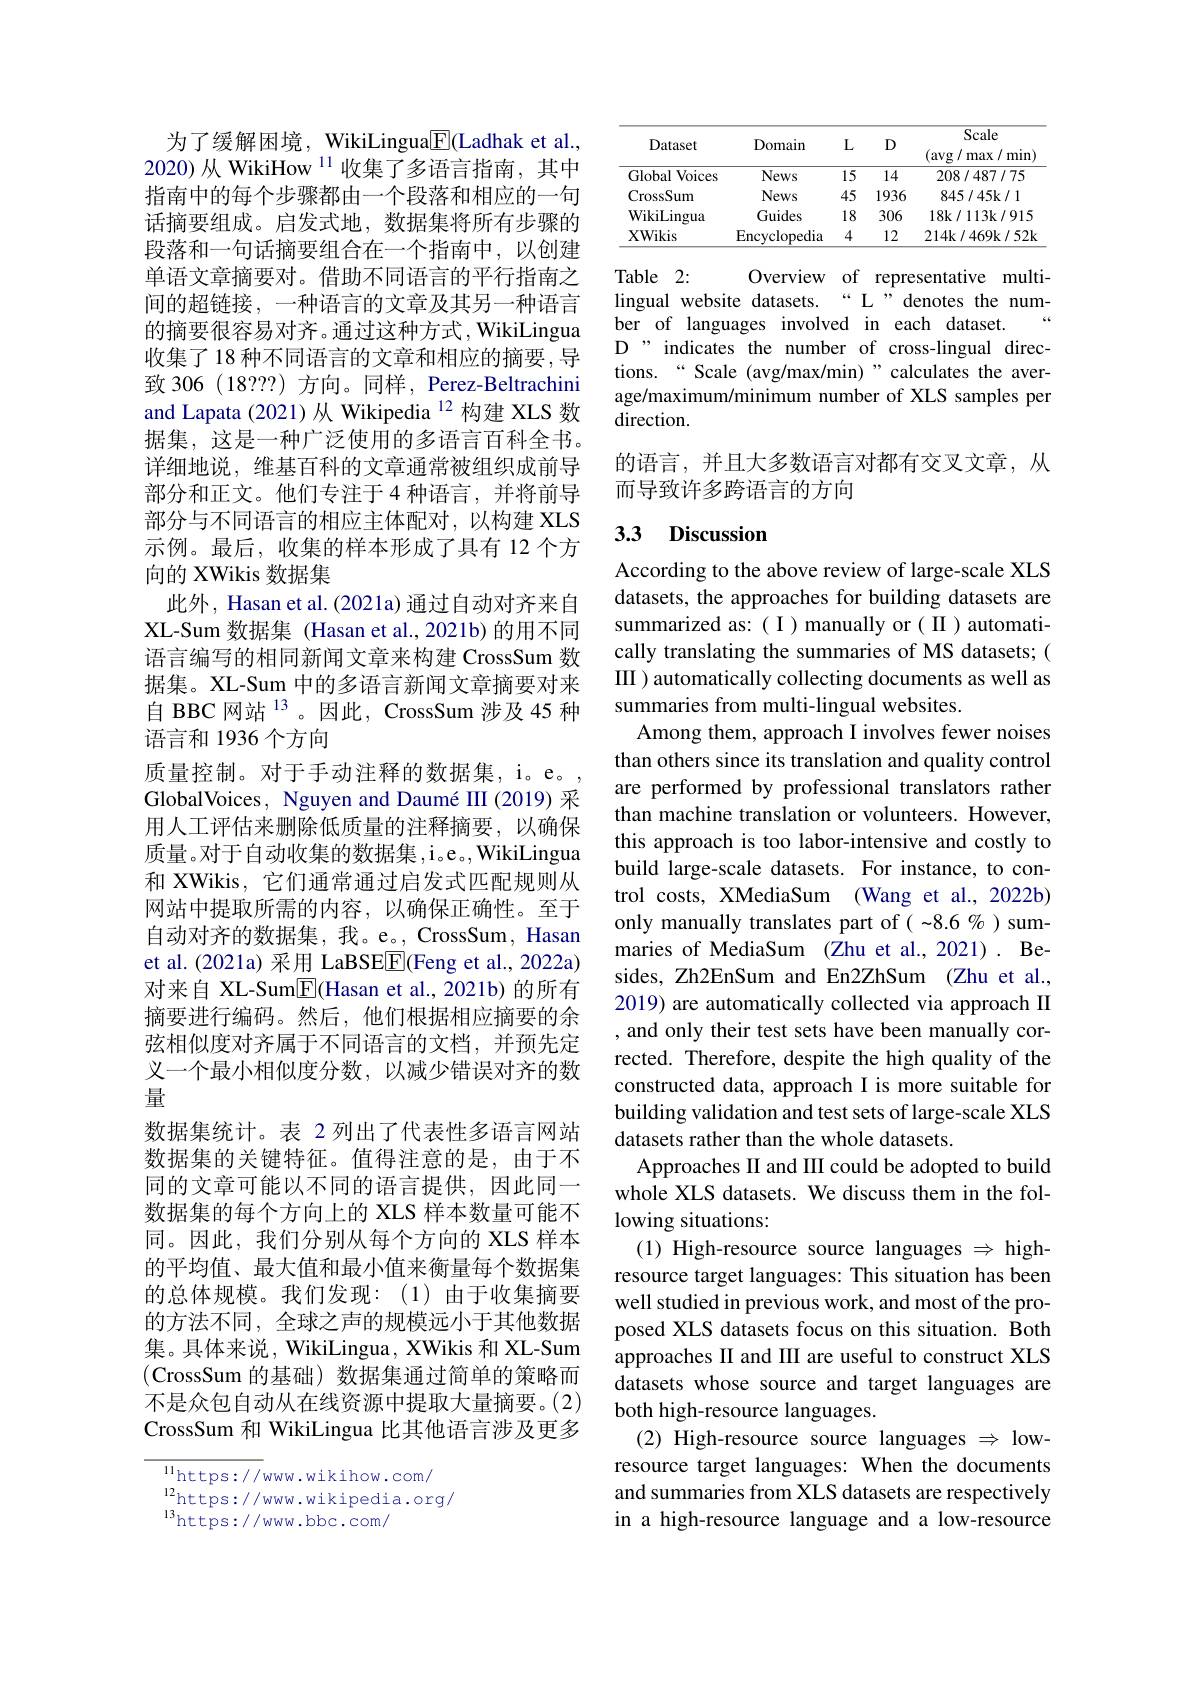
为了缓解困境，WikiLingua$\boxed{\mathrm{F}}($Ladhak et al., 2020)从 WikiHow $^{11}$收集了多语言指南，其中指南中的每个步骤都由一个段落和相应的一句话摘要组成。启发式地，数据集将所有步骤的段落和一句话摘要组合在一个指南中，以创建单语文章摘要对。借助不同语言的平行指南之间的超链接，一种语言的文章及其另一种语言的摘要很容易对齐。通过这种方式，WikiLingua 收集了 18 种不同语言的文章和相应的摘要，导致 306 (18???) 方向。同样，Perez-Beltrachini and Lapata (2021)从 Wikipedia $^{12}$构建 XLS 数据集，这是一种广泛使用的多语言百科全书。详细地说，维基百科的文章通常被组织成前导部分和正文。他们专注于 4 种语言，并将前导部分与不同语言的相应主体配对，以构建 XLS 示例。最后，收集的样本形成了具有 12 个方向的 XWikis 数据集
此外，Hasan et al. (2021a) 通过自动对齐来自XL-Sum 数据集 (Hasan et al.,2021b) 的用不同语言编写的相同新闻文章来构建 CrossSum 数据集。XL-Sum 中的多语言新闻文章摘要对来自 BBC 网站$^{13}$。因此，CrossSum 涉及 45 种语言和 1936 个方向
质量控制。对于手动注释的数据集，i。e。GlobalVoices, Nguyen and Daumé III (2019) 采用人工评估来删除低质量的注释摘要，以确保质量。对于自动收集的数据集，i$. e. $,WikiLingua 和 XWikis, 它们通常通过启发式匹配规则从网站中提取所需的内容，以确保正确性。至于自动对齐的数据集，我。e。, CrossSum, Hasan et al.(2021a) 采用 LaBSEE(Feng et al., 2022a) 对来自 XL-Sum$\underline{\mathrm{E}}($Hasan et al., 2021b) 的所有摘要进行编码。然后，他们根据相应摘要的余弦相似度对齐属于不同语言的文档，并预先定义一个最小相似度分数，以减少错误对齐的数量
数据集统计。表 2 列出了代表性多语言网站数据集的关键特征。值得注意的是，由于不同的文章可能以不同的语言提供，因此同一数据集的每个方向上的 XLS 样本数量可能不同。因此，我们分别从每个方向的 XLS 样本的平均值、最大值和最小值来衡量每个数据集的总体规模。我们发现：(1)由于收集摘要的方法不同，全球之声的规模远小于其他数据集。具体来说，WikiLingua, XWikis 和 XL-Sum (CrossSum 的基础)数据集通过简单的策略而不是众包自动从在线资源中提取大量摘要。(2) CrossSum 和 WikiLingua 比其他语言涉及更多$^{11}$https: / / www. wikihow. com/

l2https: / / ww. wikipedia. org/
$^{13}$https://www.bbc.com/

<table>
	<tbody>
		<tr>
			<th rowspan="4">Dataset</th>
			<th rowspan="4">Domain</th>
			<th>$L$</th>
			<th>D</th>
			<th>Scale $(\arg/\max/\min$</th>
		</tr>
		<tr>
			<th>$L$</th>
			<th>D</th>
			<th>Scale $(\arg/\max/\min$</th>
		</tr>
		<tr>
			<th>I</th>
			<th> </th>
			<th>Scale</th>
		</tr>
		<tr>
			<th>L</th>
			<th>$LU$</th>
			<th>(avg/ r max $\zeta I$ min</th>
		</tr>
		<tr>
			<td>Global Voices</td>
			<td>News</td>
			<td>15</td>
			<td>14</td>
			<td>208/487/75</td>
		</tr>
		<tr>
			<td>CrossSum</td>
			<td>News</td>
			<td>45</td>
			<td>1936</td>
			<td>845/45k/1</td>
		</tr>
		<tr>
			<td>WikiLingua</td>
			<td>Guides</td>
			<td>18</td>
			<td>306</td>
			<td>18k/113k/915</td>
		</tr>
		<tr>
			<td>$\mathbf{XWikis}$</td>
			<td>Encyclopedia</td>
			<td>4</td>
			<td>12</td>
			<td>214k/469k/52k</td>
		</tr>
	</tbody>
</table>

Table 2:
Overview of representative multi-
lingual website datasets.“L”denotes the num-
ber of languages involved in each dataset
D" indicates the number of cross-lingual directions.“ Scale (avg/max/min)”calculates the average/maximum/minimum number of XLS samples per direction.

的语言，并且大多数语言对都有交叉文章，从
而导致许多跨语言的方向

## 3.3 Discussion

According to the above review of large-scale XLS datasets, the approaches for building datasets are summarized as:( I ) manually or( II ) automatically translating the summaries of MS datasets; ( II ) automatically collecting documents as well as summaries from multi-lingual websites.
Among them, approach I involves fewer noises than others since its translation and quality control are performed by professional translators rather than machine translation or volunteers. However, this approach is too labor-intensive and costly to build large-scale datasets. For instance, to control costs, XMediaSum (Wang et al., 2022b) only manually translates part of ( -8.6 % ) summaries of MediaSum (Zhu et al., 2021) . Besides, Zh2EnSum and En2ZhSum (Zhu et al., 2019) are automatically collected via approach II , and only their test sets have been manually corrected. Therefore, despite the high quality of the constructed data, approach I is more suitable for building validation and test sets of large-scale XLS datasets rather than the whole datasets.
Approaches II and III could be adopted to build whole XLS datasets. We discuss them in the following situations:
(1) High-resource source languages $\Rightarrow$ highresource target languages: This situation has been well studied in previous work, and most of the proposed XLS datasets focus on this situation. Both approaches II and II are useful to construct XLS datasets whose source and target languages are both high-resource languages.
(2) High-resource source languages $\Rightarrow$ lowresource target languages: When the documents and summaries from XLS datasets are respectively in a high-resource language and a low-resource